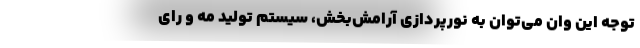
توجه این وان می‌توان به نورپردازی آرامش‌بخش، سیستم تولید مه و رای